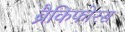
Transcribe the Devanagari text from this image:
ब्रैकिफोरस